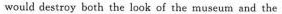
would destroy both the look of the museum and the